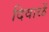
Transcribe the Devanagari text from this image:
दिवाळें